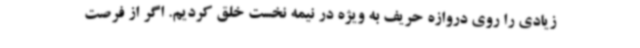
زیادی را روی دروازه حریف به ویژه در نیمه نخست خلق کردیم. اگر از فرصت